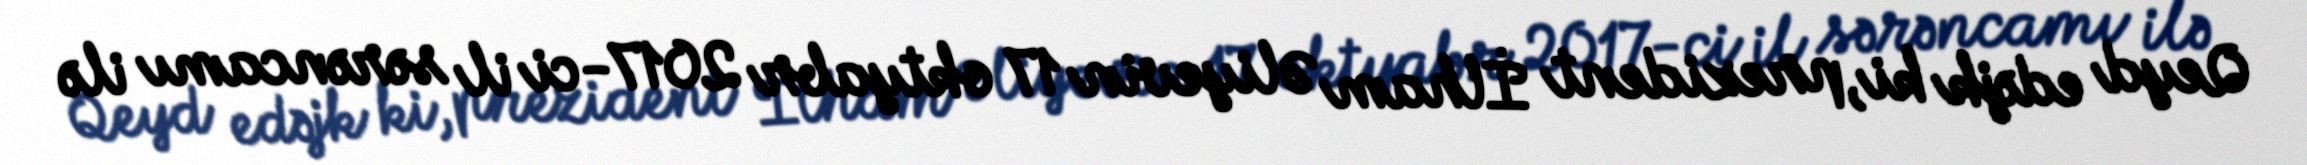
Qeyd edəjk ki, prezident İlham Əliyevin 17 oktyabr 2017-ci il sərəncamı ilə